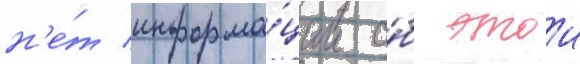
н'е́т информа́ции о́б этои